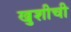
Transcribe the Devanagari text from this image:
खुशीची